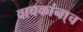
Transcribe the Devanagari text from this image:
वाचकांना्च